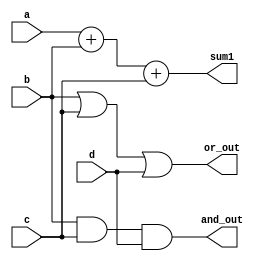
module overlapping_groups (
    input wire [3:0] a,        // Input A
    input wire [3:0] b,        // Input B
    input wire [3:0] c,        // Input C
    input wire [3:0] d,        // Input D
    output wire [4:0] sum1,    // Output of Group 1 (Addition)
    output wire [3:0] and_out,  // Output of Group 2 (AND operation)
    output wire [3:0] or_out    // Output of Group 2 (OR operation)
);

    // Group 1: Addition (overlapping inputs a, b, c)
    assign sum1 = a + b + c; // Group 1 processes inputs a, b, c

    // Group 2: Logic Operations (overlapping inputs b, c, d)
    assign and_out = b & c & d; // AND operation on b, c, d
    assign or_out = b | c | d;   // OR operation on b, c, d

endmodule